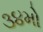
૩૪મો